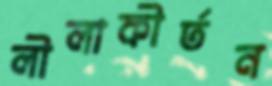
লীলাকীর্তন